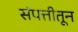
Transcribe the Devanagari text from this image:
संपत्तीतून